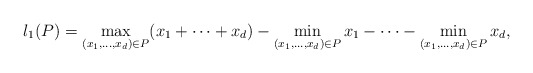
\begin{align*}l_1(P)=\max\limits_{(x_1,\dots,x_d)\in P} (x_1+\cdots+x_d)-\min\limits_{(x_1,\dots,x_d)\in P} x_1-\cdots-\min\limits_{(x_1,\dots,x_d)\in P} x_d,\end{align*}